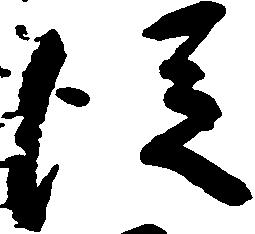
従